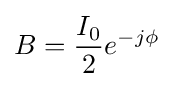
B={\frac {I_{0}}{2}}e^{-j\phi }